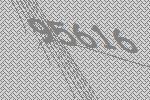
95616